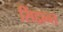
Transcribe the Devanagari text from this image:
सिंद्दान्त